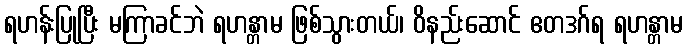
ရဟန်းပြုပြီး မကြာခင်ဘဲ ရဟန္တာမ ဖြစ်သွားတယ်၊ ဝိနည်းဆောင် ဧတဒဂ်ရ ရဟန္တာမ